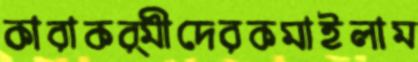
কারাকর্মীদেরকমাইলাম